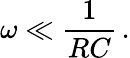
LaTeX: \omega\ll{\frac{1}{RC}}\, .